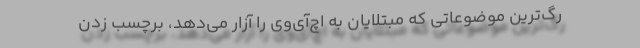
رگ‌ترین موضوعاتی که مبتلایان به اچ‌آی‌وی را آزار می‌دهد، برچسب زدن